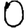
Digit: 0